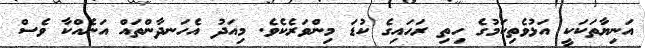
އަނިޔާތަކަކީ އަޅުވެތިކަމުގެ ހިތި ރަހައިގެ ކުޑަ މިންވަރެކެވެ. މިއަދު އެހަނދާންތައް އަނެއްކާ ވެސް